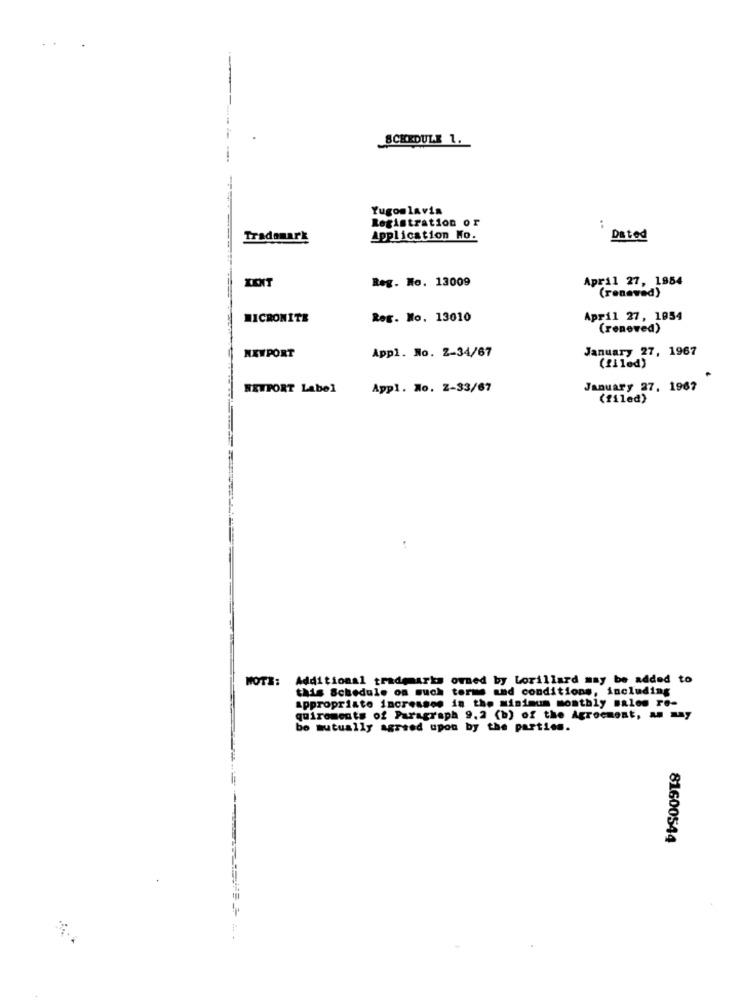
SCHEDULE 1.
Yugoslavis
Registration or
Trademark
Application Ko.
Dated
Reg. No. 13009
April 27, 1954
(renewed)
MICRONITE
Reg. No. 13010
April 27, 1954
(renewed)
NEWPORT
January 27, 1967
Appl. No. 2-34/67
(filed)
HETPORT Label
Appl. No. Z-33/67
January 27, 1967
(filed)
..
MOTS: Additional trademarks owned by Lorillard may be added to
this Schedule on much terms and conditions, including
appropriato increasee in the minimum monthly males re-
quiroments of Paragraph 9,2 (b) of the Agreement, an y
bo mutually agreed upon by the parties.
81600544